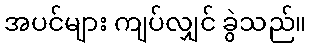
အပင်များ ကျပ်လျှင် ခွဲသည်။